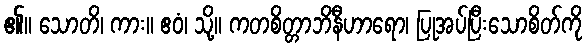
၏။ သောတိ၊ ကား။ ဧဝံ၊ သို့။ ကတစိတ္တာဘိနီဟာရော၊ ပြုအပ်ပြီးသောစိတ်ကို